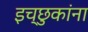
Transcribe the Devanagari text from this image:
इच्छुकांना